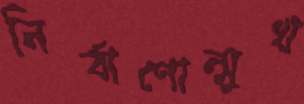
নির্বাণোন্মুখ